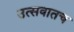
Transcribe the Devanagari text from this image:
उत्सवातच